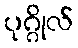
ပုဂ္ဂိုလ်